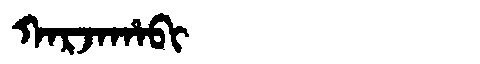
Manchu: ᡴᠠᡵᠵᠠᡥᠠᠪᡳ
Romanization: KARJAHABI